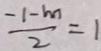
\frac { - 1 - m } { 2 } = 1